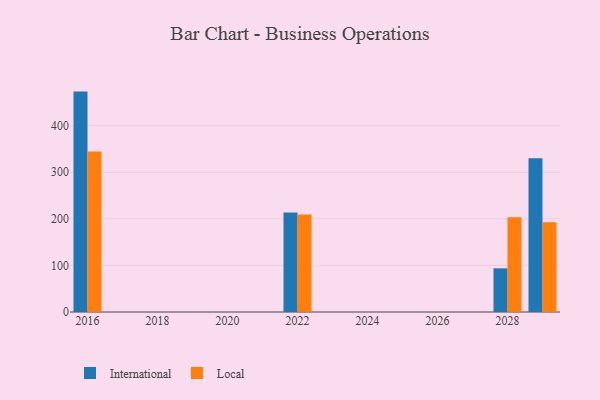
{"axis": {"x": "Year", "y": "Customer Acquisition Cost (USD)"}, "legend": ["International", "Local"], "data": [{"x": "2022", "y": 213.5, "type": "International"}, {"x": "2022", "y": 209.3, "type": "Local"}, {"x": "2029", "y": 330.0, "type": "International"}, {"x": "2029", "y": 192.9, "type": "Local"}, {"x": "2028", "y": 93.8, "type": "International"}, {"x": "2028", "y": 203.2, "type": "Local"}, {"x": "2016", "y": 473.2, "type": "International"}, {"x": "2016", "y": 344.4, "type": "Local"}]}